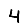
Digit: 4